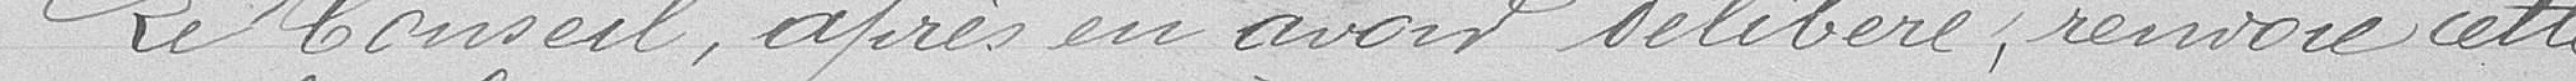
Le Conseil, après en avoir délibéré, renvoie cette